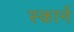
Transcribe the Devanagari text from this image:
स्कार्न